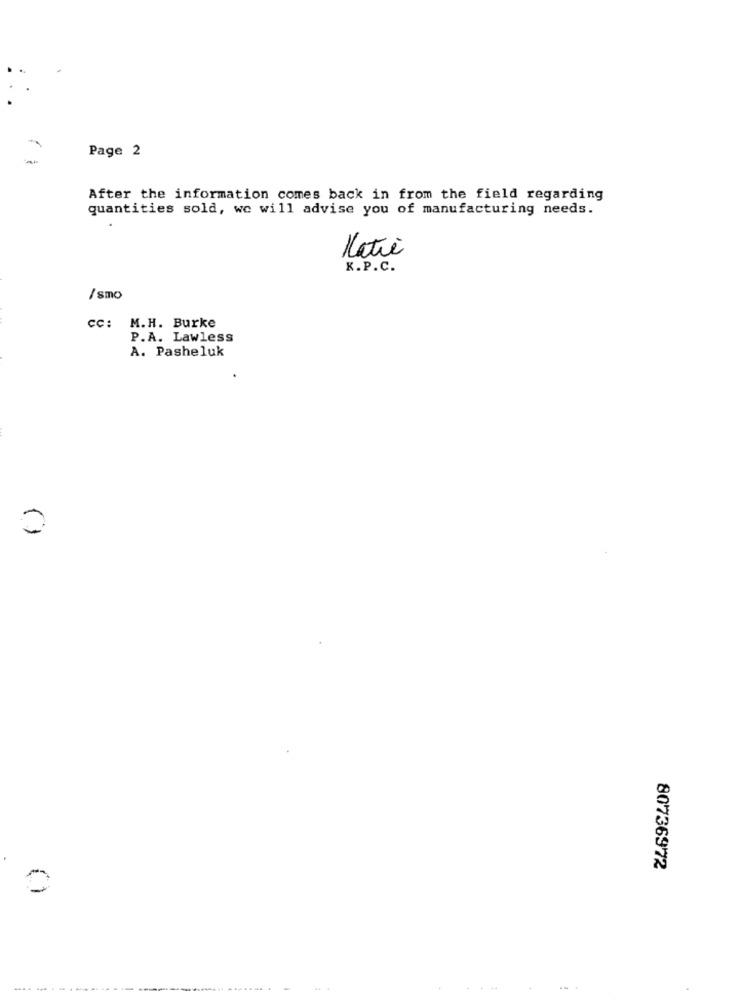
Page 2
After the information comes back in from the field regarding
quantities sold, we will advise you of manufacturing needs.
Katie
K.P.C.
/smo
cc: M.H. Burke
P.A. Lawless
A. Pasheluk
0
80736972
----